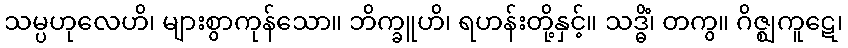
သမ္ပဟုလေဟိ၊ များစွာကုန်သော။ ဘိက္ခူဟိ၊ ရဟန်းတို့နှင့်။ သဒ္ဓိံ၊ တကွ။ ဂိဇ္ဈကူဋေ၊